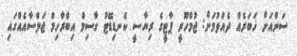
ސަންއަށް ޚަބަރެއް ދެއްވުމަށް: ޖުމްހޫރީ ޕާޓީގެ ރިޔާސީ ކެނޑިޑޭޓު ގާސިމް އިބްރާހިމް ޖަލްސާއެއްގައި